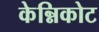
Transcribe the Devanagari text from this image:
केन्निकोट